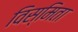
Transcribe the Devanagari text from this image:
विस्मिता